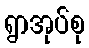
ရွာအုပ်စု